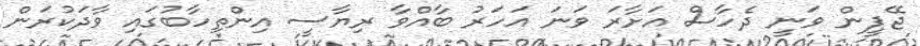
ޖޭޕީން ވަނީ ދެހާސް އަށާރަ ވަނަ އަހަރު ބާއްވާ ރިޔާސީ އިންތިހާބުގައި ވާދަކުރަން